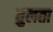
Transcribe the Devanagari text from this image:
तुलता